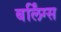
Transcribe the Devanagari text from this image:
बर्लिंग्स